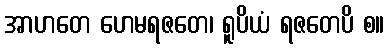
အာဟတေ ဟေမရဇတေ၊ ရူပိယံ ရဇတေပိ စ။